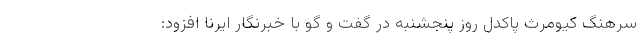
سرهنگ کیومرث پاکدل روز پنجشنبه در گفت و گو با خبرنگار ایرنا افزود: